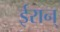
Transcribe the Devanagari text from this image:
ईरान्